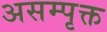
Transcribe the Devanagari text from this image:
असम्पृक्त